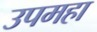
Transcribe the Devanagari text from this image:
उपमहा